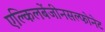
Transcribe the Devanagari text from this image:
एल्किलबेंजीनसल्फोनेट